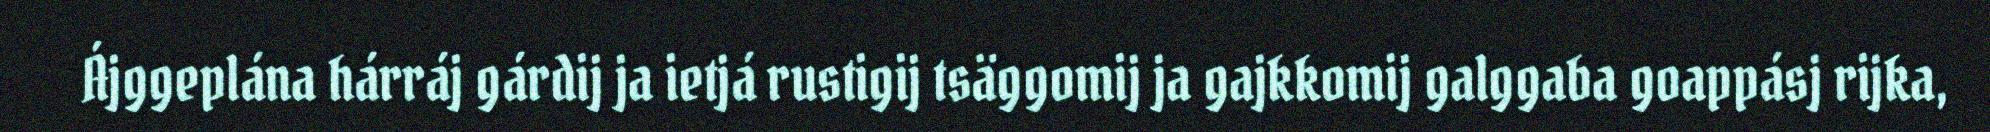
Ájggeplána hárráj gárdij ja ietjá rustigij tsäggomij ja gajkkomij galggaba goappásj rijka,